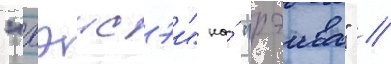
"хэисэи" на́ "рэива" //